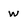
Character: W